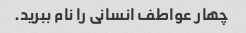
چهار عواطف انسانی را نام ببرید.